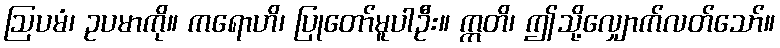
ဩပမံ၊ ဥပမာကို။ ကရောဟိ၊ ပြုတော်မူပါဦး။ ဣတိ၊ ဤသို့လျှောက်လတ်သော်။